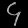
Digit: ၄